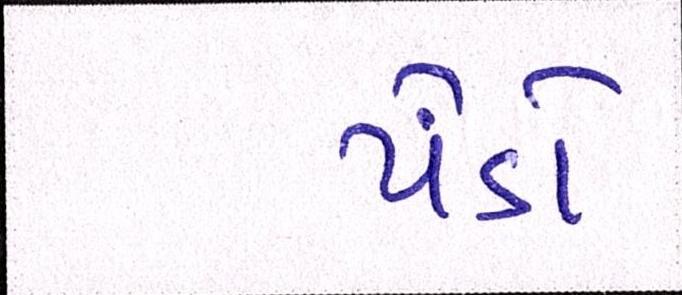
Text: પેંડો